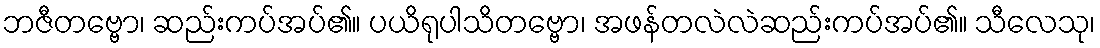
ဘဇီတဗ္ဗော၊ ဆည်းကပ်အပ်၏။ ပယိရုပါသိတဗ္ဗော၊ အဖန်တလဲလဲဆည်းကပ်အပ်၏။ သီလေသု၊